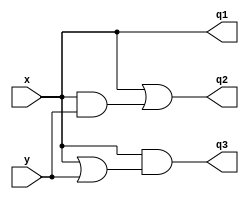
`timescale 1ns / 1ps
//////////////////////////////////////////////////////////////////////////////////
// Company: 
// Engineer: 
// 
// Design Name: 
// Module Name: lab3_df
// Project Name: 
// Target Devices: 
// Tool Versions: 
// Description: 
// 
// Dependencies: 
// 
// Revision:
// Revision 0.01 - File Created
// Additional Comments:
// 
//////////////////////////////////////////////////////////////////////////////////


module lab3_df(
input x,y,
output q1,q2,q3
    );
    assign q1 = x;
    assign q2 = x | (x & y);
    assign q3 = x & (x | y);
endmodule